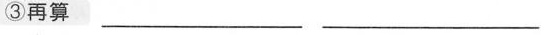
③再算___ ___